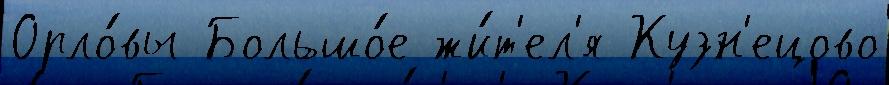
Орло́вы Большо́е жи́т'ел'я Кузн'ецово